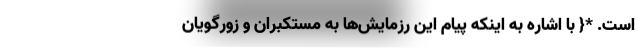
است. *{ با اشاره به اینکه پیام این رزمایش‌ها به مستکبران و زورگویان